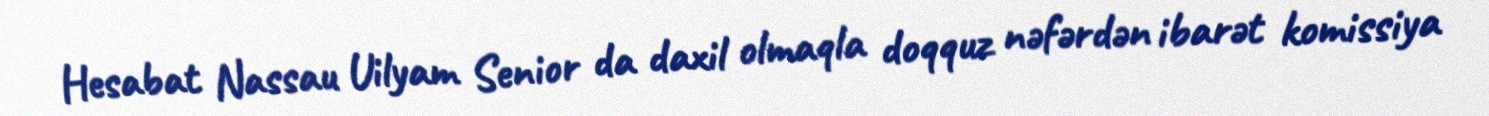
Hesabat Nassau Uilyam Senior da daxil olmaqla doqquz nəfərdən ibarət komissiya